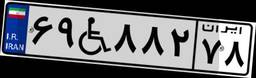
۶۹W۸۸۲۷۸